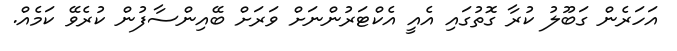
އަހަރެން ގަބޫލު ކުރާ ގޮތުގައި އެއީ އެކްޓަރުންނަށް ވަރަށް ބޭއިންސާފުން ކުރެވޭ ކަމެއް.